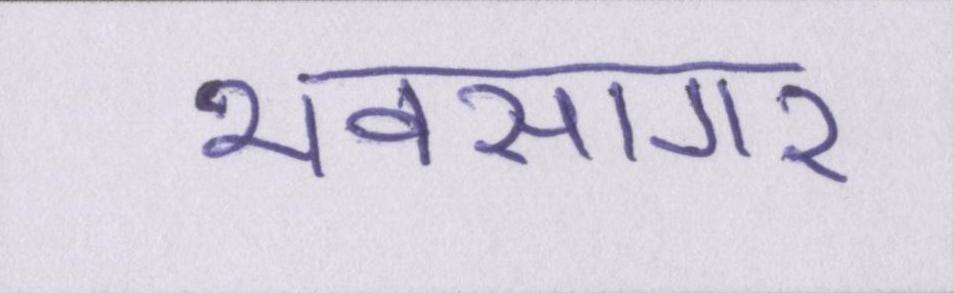
भवसागर